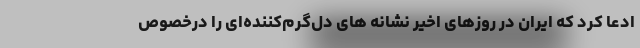
ادعا کرد که ایران در روزهای اخیر نشانه های دل‌گرم‌کننده‌ای را درخصوص